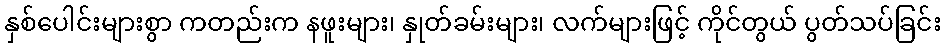
နှစ်ပေါင်းများစွာ ကတည်းက နဖူးများ၊ နှုတ်ခမ်းများ၊ လက်များဖြင့် ကိုင်တွယ် ပွတ်သပ်ခြင်း